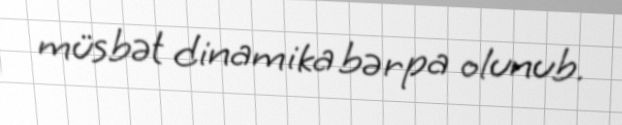
müsbət dinamika bərpa olunub.